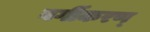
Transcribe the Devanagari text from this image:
वर्गीकरण्